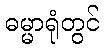
ဓမ္မာရုံတွင်